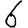
Digit: 6